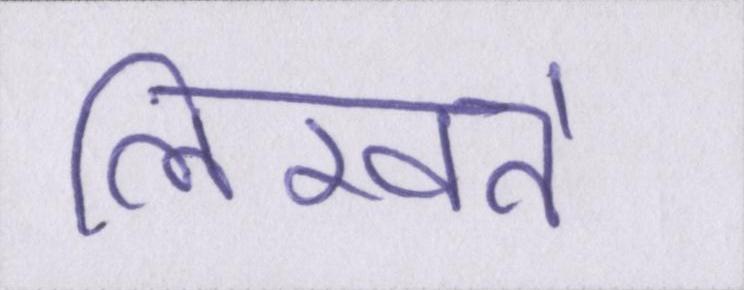
लिखते